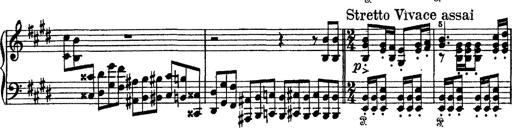
Title: Tarantelle di bravura dâ€™aprÃ¨s la tarantelle de La muette de Portici
Composer: Franz Liszt